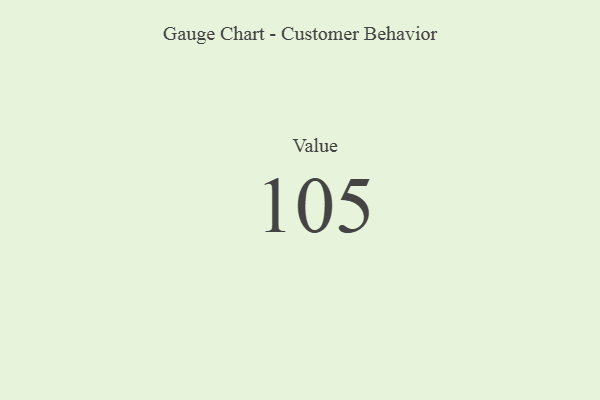
{"axis": {"x": "Metric", "y": "Value"}, "legend": [""], "data": [{"x": "Value", "y": 105, "type": ""}]}